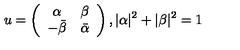
u = \left( \begin{array} { c c } { \alpha } & { \beta } \\ { - \bar { \beta } } & { \bar { \alpha } } \\ \end{array} \right) , | \alpha | ^ { 2 } + | \beta | ^ { 2 } = 1